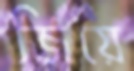
জিয়ে